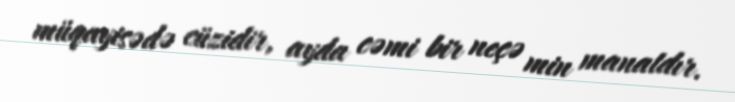
müqayisədə cüzidir, ayda cəmi bir neçə min manatdır.